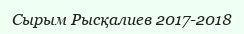
Сырым Рысқалиев 2017-2018